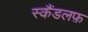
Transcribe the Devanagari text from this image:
स्कैंडलफ़